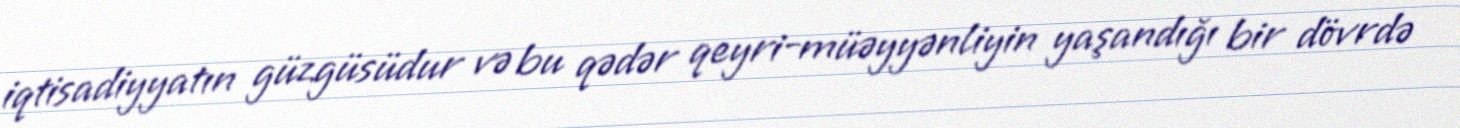
iqtisadiyyatın güzgüsüdur və bu qədər qeyri-müəyyənliyin yaşandığı bir dövrdə